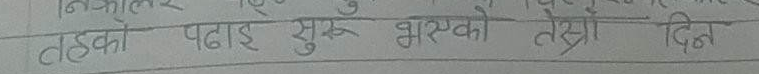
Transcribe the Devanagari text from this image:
तहको पढाई सुरु भएको तेस्रो दिन